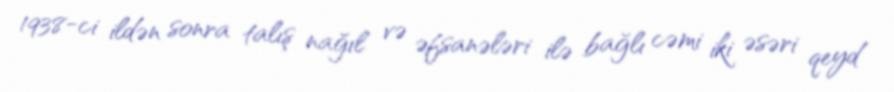
1938-ci ildən sonra talış nağıl və əfsanələri ilə bağlı cəmi iki əsəri qeyd